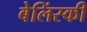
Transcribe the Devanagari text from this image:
बेलिंस्की